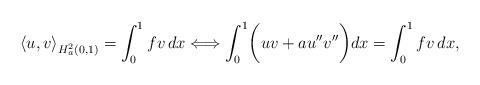
LaTeX: \begin{align*}\left\langle u, v \right\rangle_{H^2_{a}(0, 1)}=\int_{0}^{1} f v\,dx \Longleftrightarrow \int_{0}^{1} \biggl (u v+au''v''\biggr ) dx=\int_{0}^{1} f v\,dx,\end{align*}